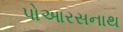
પોઆરસનાથ